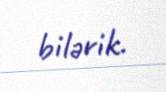
bilərik.